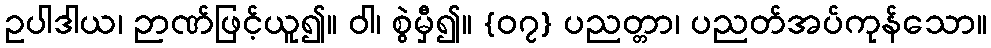
ဥပါဒါယ၊ ဉာဏ်ဖြင့်ယူ၍။ ဝါ၊ စွဲမှီ၍။ {၀၇} ပညတ္တာ၊ ပညတ်အပ်ကုန်သော။